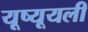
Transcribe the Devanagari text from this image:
यूष्यूयली